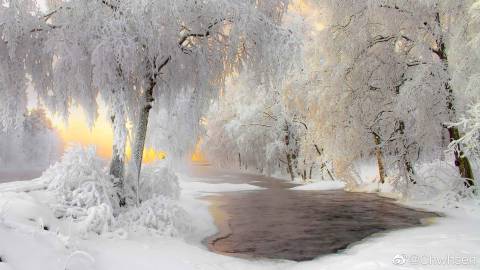
日落君山云气，春到沅湘草木，远思渺难收。